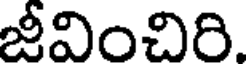
జీవించిరి.